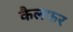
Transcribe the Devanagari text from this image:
कैलफर